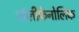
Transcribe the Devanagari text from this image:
पॉलीफेनोलिक